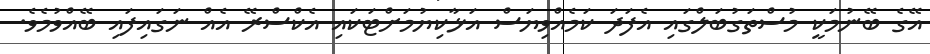
އޭގެ ބޭނުމަކީ މުސްތަގުބަލްގައި އެފަދަ ކަމެއްވިޔަސް އަޅާކިޔުމަށްޓަކައި އެކްސްރޭ އެއް ނަގައިފައި ބޭއްވުމެވެ.